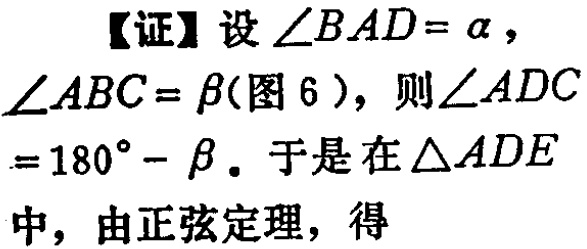
【证】设\(\angle BAD = \alpha\)，\(\angle ABC = \beta\)(图 6 )，则\(\angle ADC = 180^{\circ}-\beta\)。于是在\(\triangle ADE\)中，由正弦定理，得